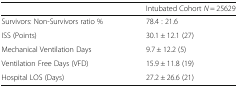
<table><thead><tr><td></td><td><b>Intubated Cohort <i>N</i> = 25629</b></td></tr></thead><tbody><tr><td>Survivors: Non-Survivors ratio %</td><td>78.4 : 21.6</td></tr><tr><td>ISS (Points)</td><td>30.1 ± 12.1 (27)</td></tr><tr><td>Mechanical Ventilation Days</td><td>9.7 ± 12.2 (5)</td></tr><tr><td>Ventilation Free Days (VFD)</td><td>15.9 ± 11.8 (19)</td></tr><tr><td>Hospital LOS (Days)</td><td>27.2 ± 26.6 (21)</td></tr></tbody></table>